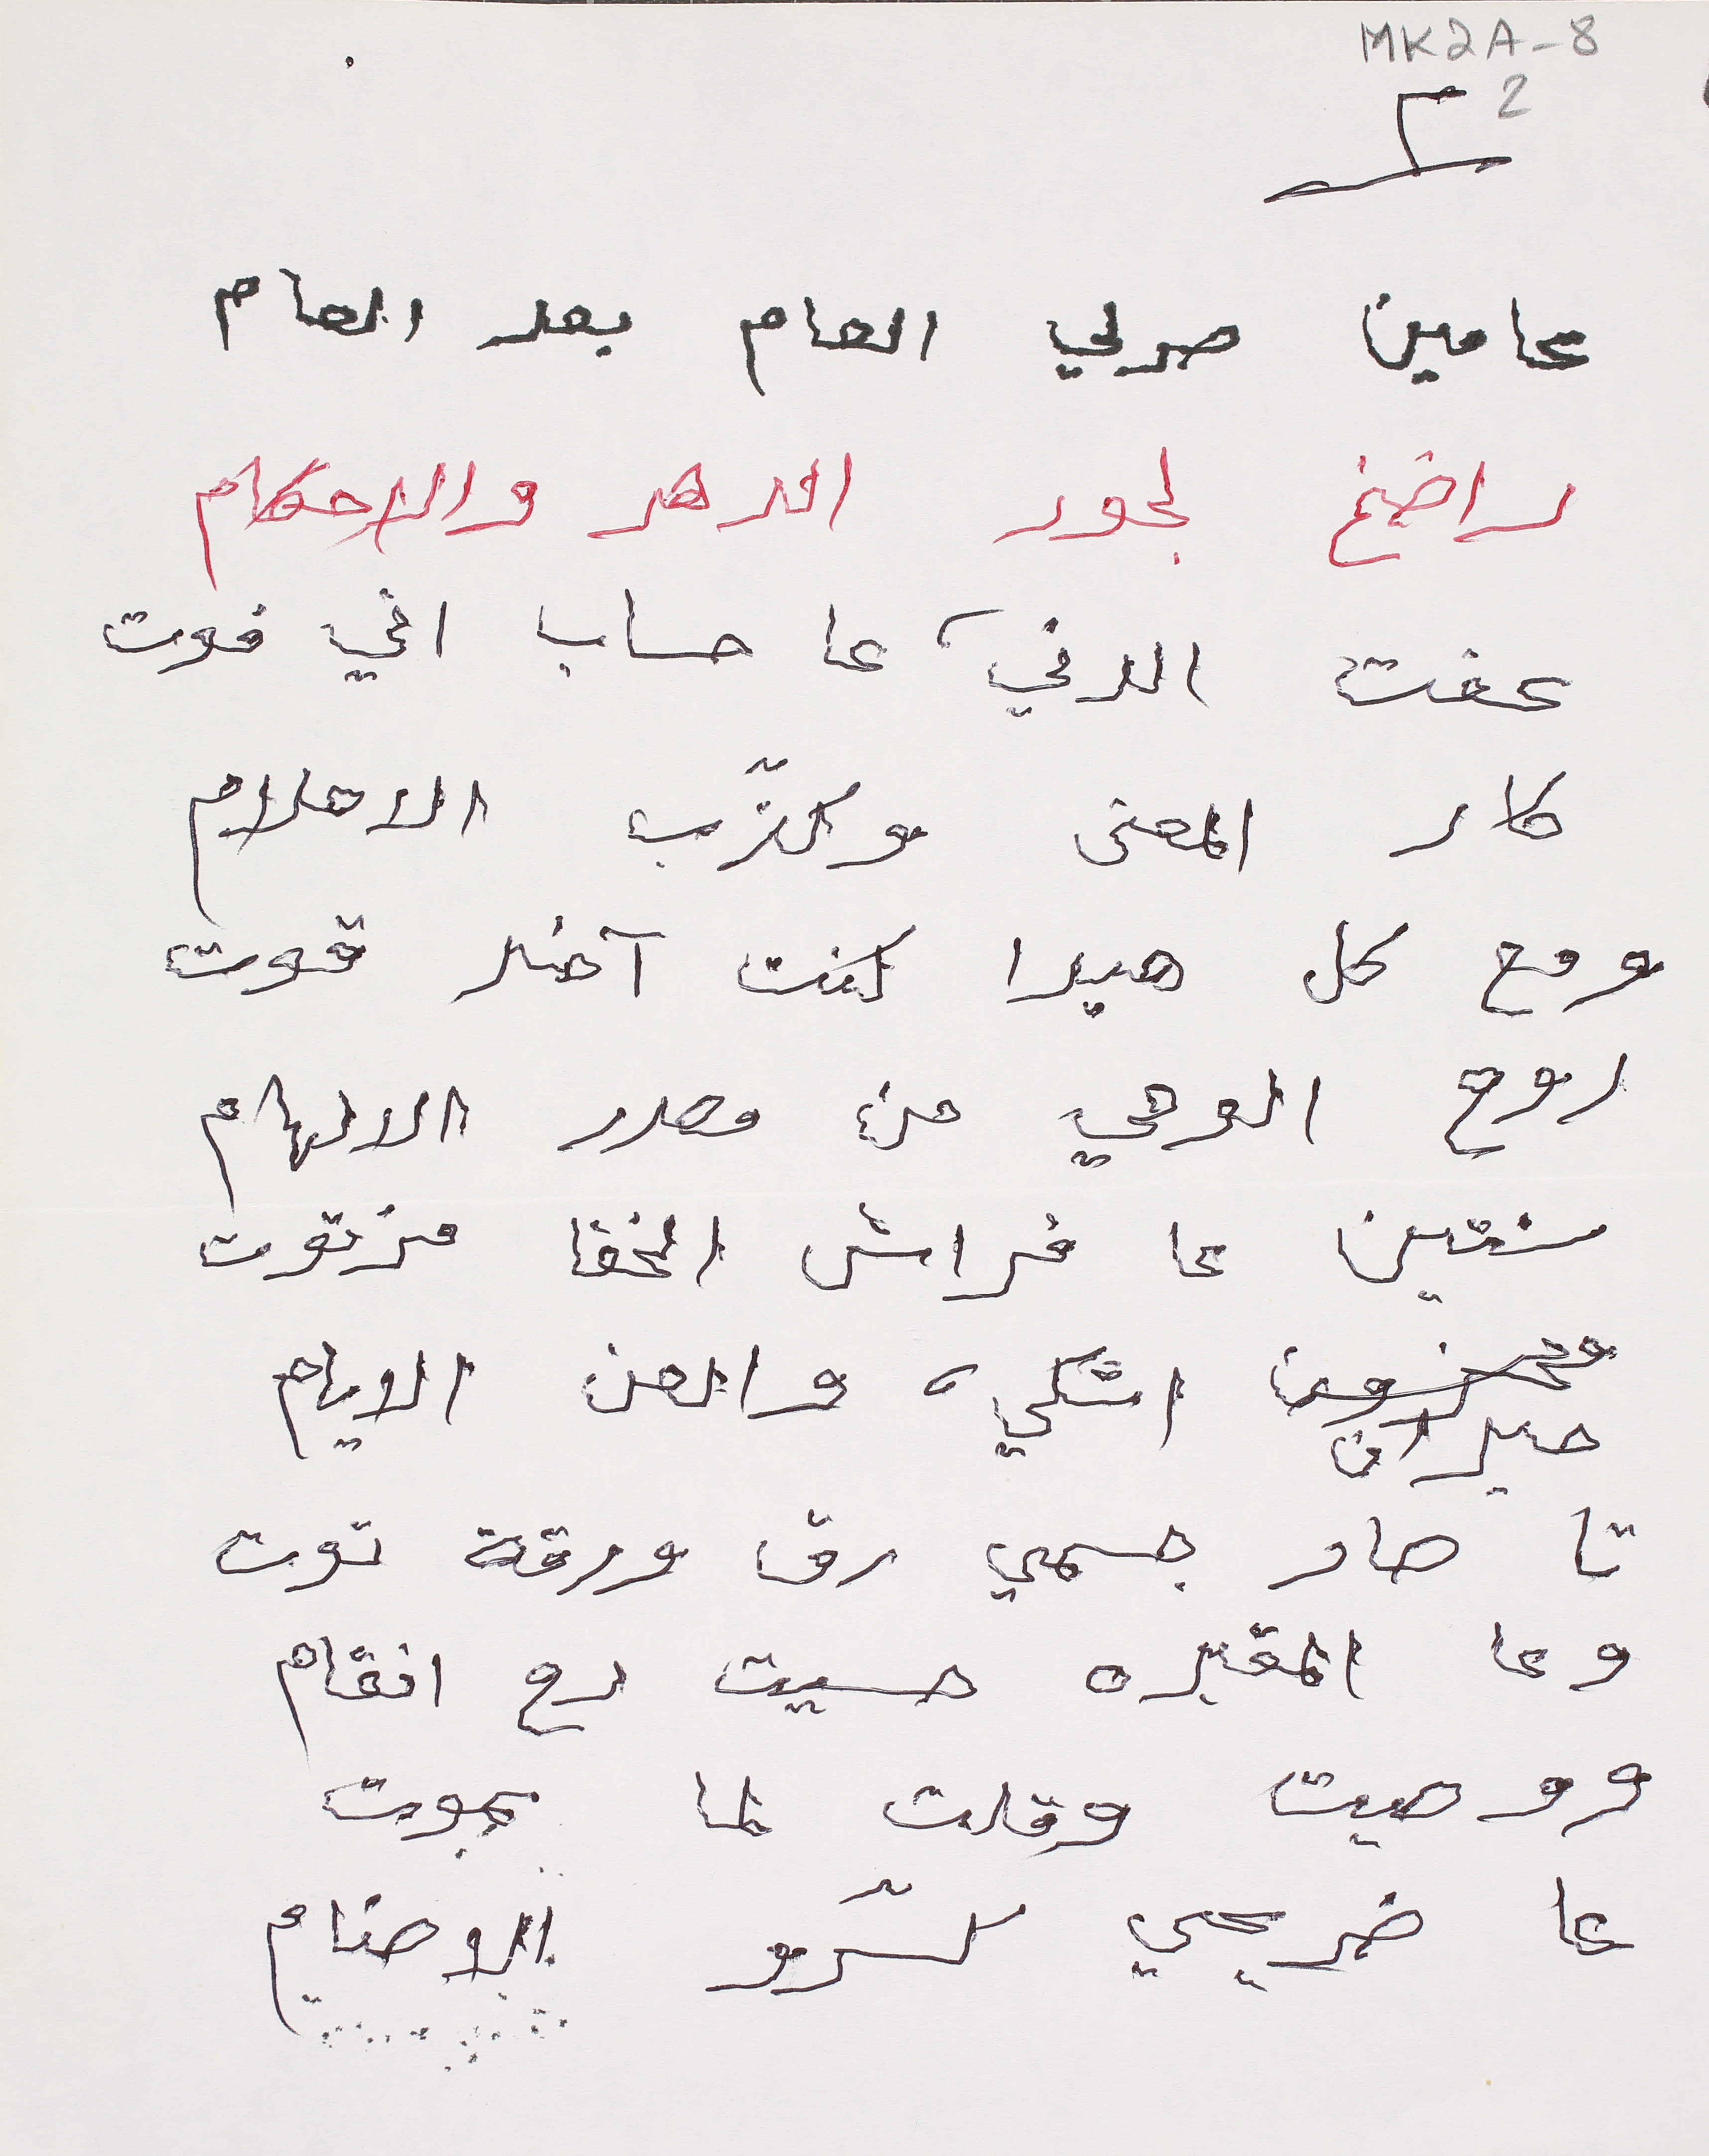
MK2A-82
٢
عامين صرلي العام بعد العام
راضخ لجور الدهر والاحكام
عفت الدني، عا حساب اني فوت
كار المعنى وكذّب الاحلام
ومع كل هيدا كنت آخد قوت
روح الوحي من مصدر الالهام
سنتين عا فراش الخفا مزتوت
حيران اشكي والعن الايام
تا صار جسمي رق ورقة توت
وعا المقبره حسيت رح انقام
ووصيت وقلت لما بموت
عا ضريحي كسّرو الاصنام